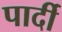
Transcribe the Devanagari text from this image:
पार्दी